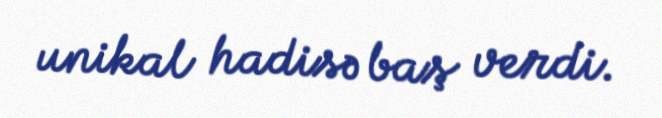
unikal hadisə baş verdi.